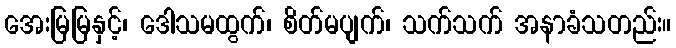
အေးမြမြနှင့်၊ ဒေါသမထွက်၊ စိတ်မပျက်၊ သက်သက် အနာခံသတည်း။